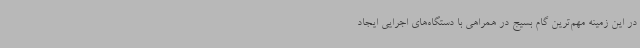
در این زمینه مهم‌ترین گام بسیج در همراهی با دستگاه‌های اجرایی ایجاد